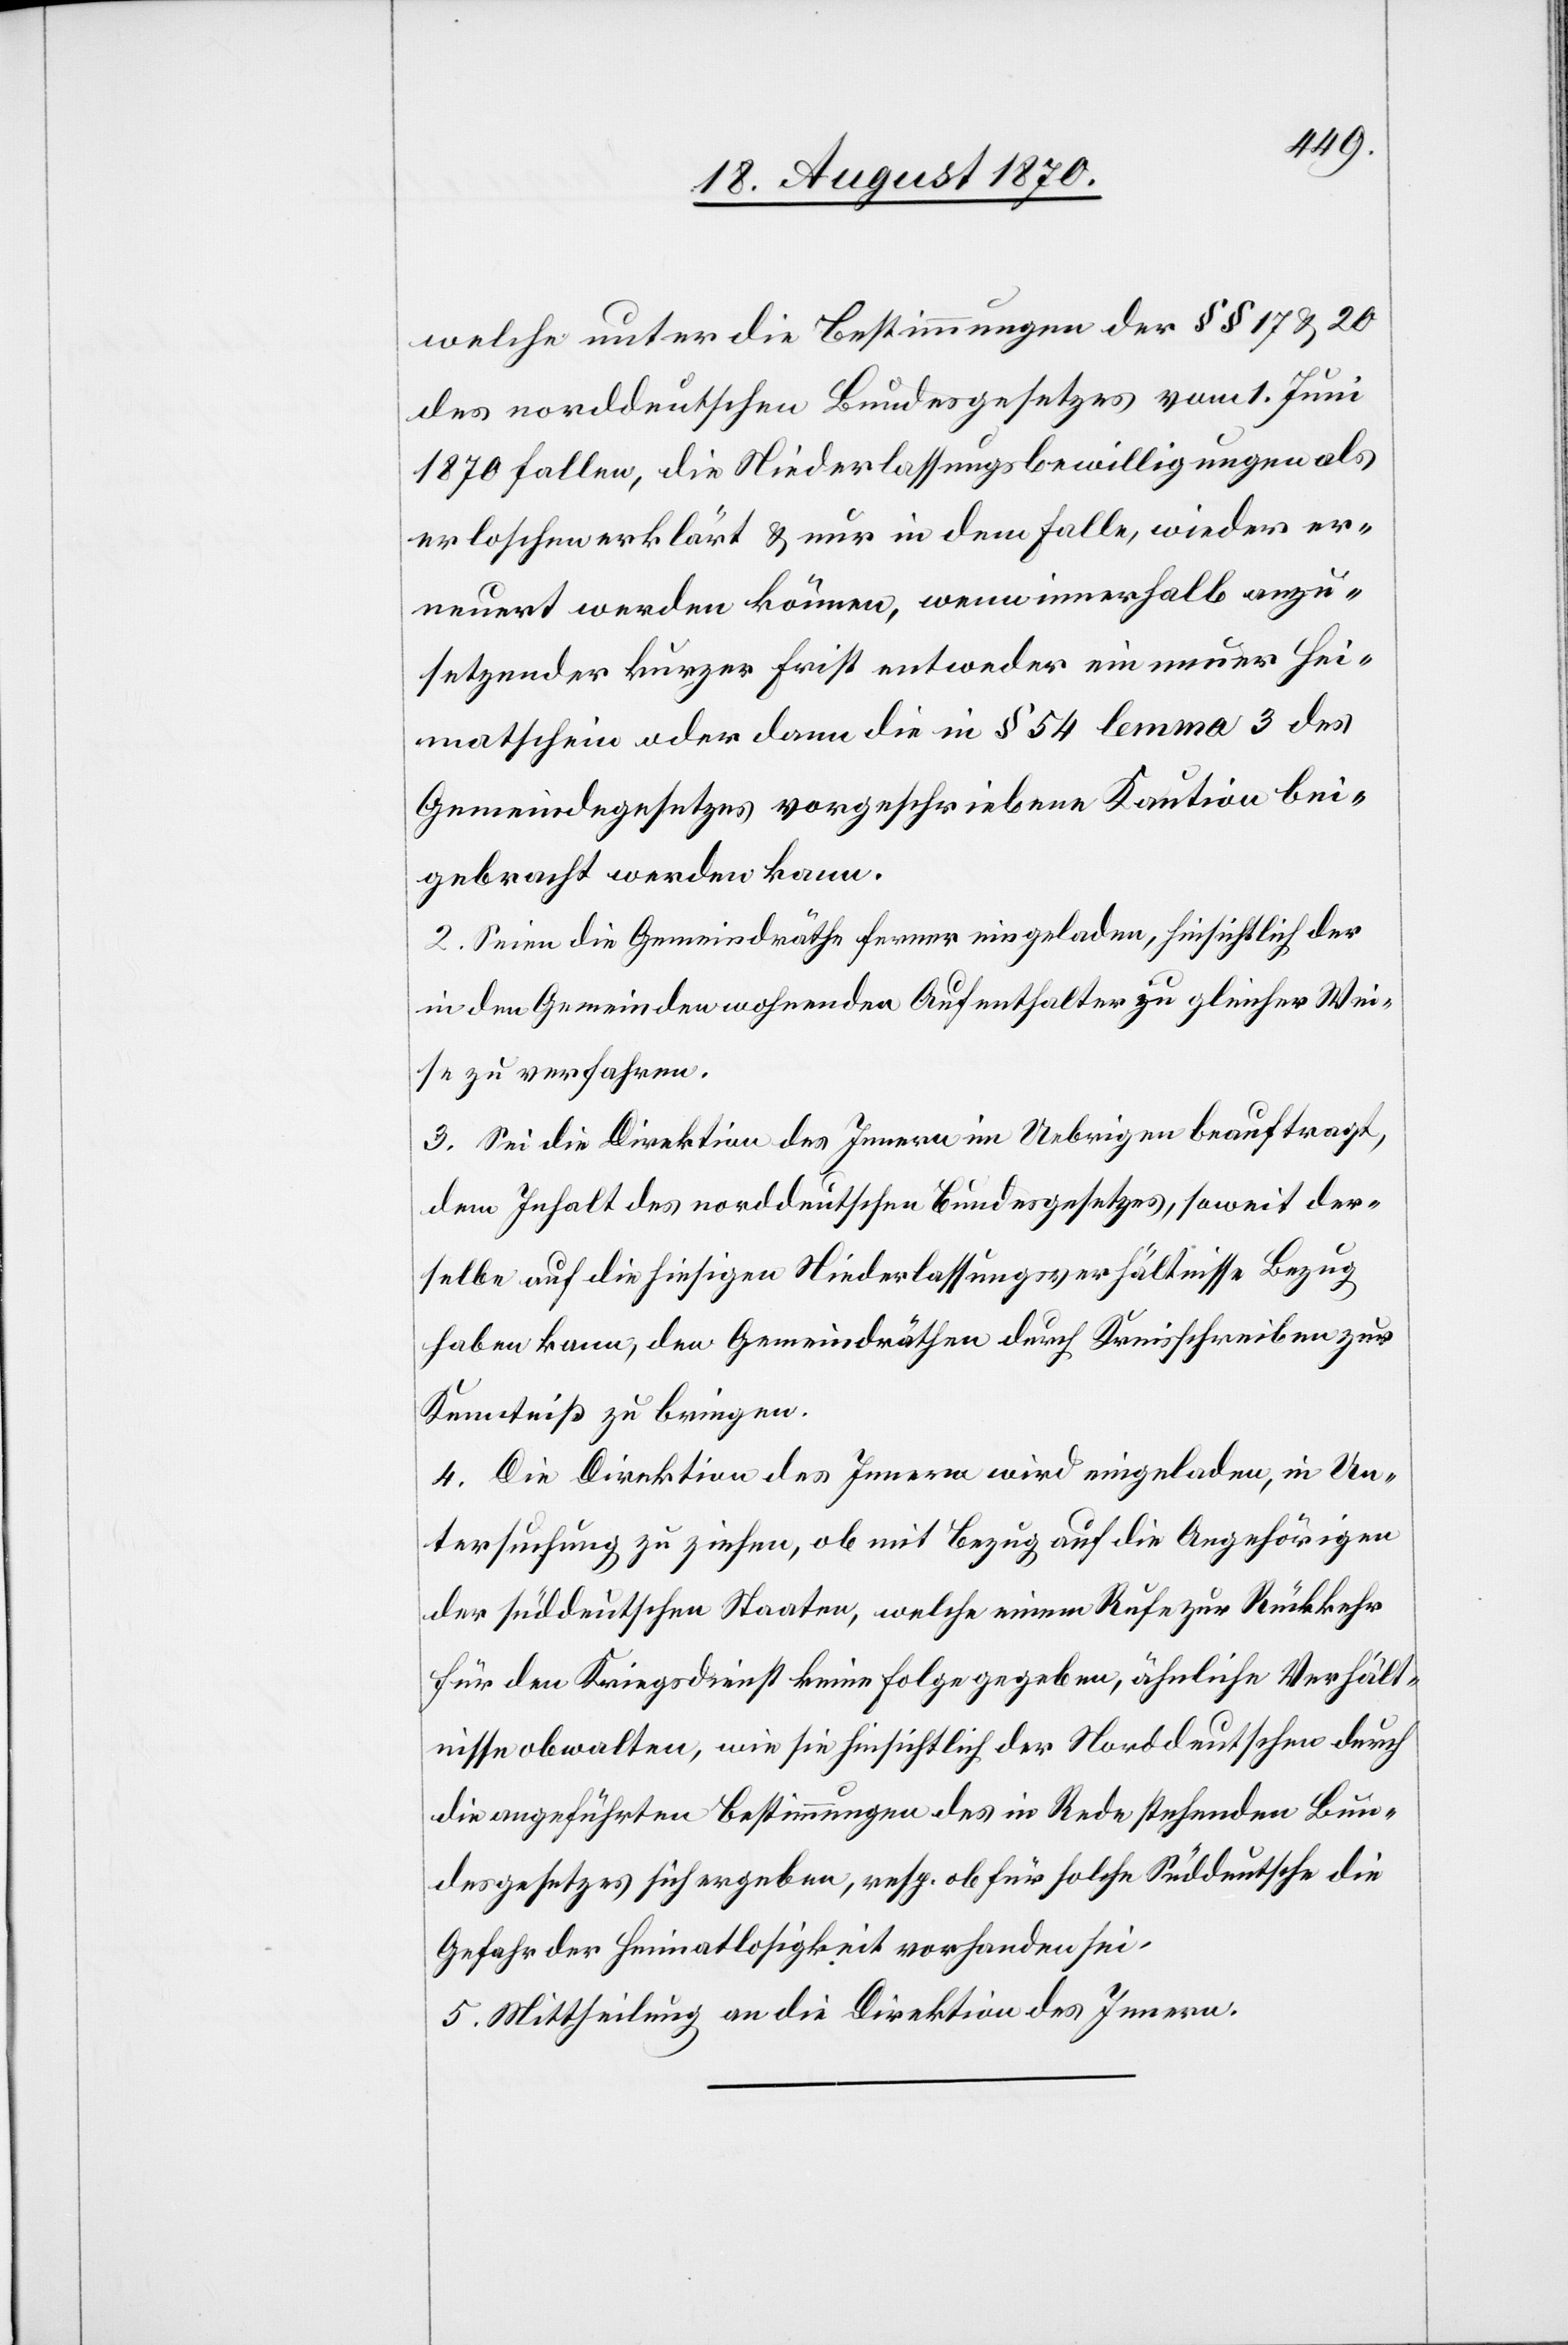
welche unter die Bestimmungen der §§ 17 & 20
des norddeutschen Bundesgesetzes vom 1. Juni
1870 fallen, die Niederlassungsbewilligungen als
erloschen erklärt & nur in dem Falle, wieder er¬
neuert werden können, wenn innerhalb anzu¬
setzender kurzer Frist entweder ein neuer Hei¬
matschein oder dann die in § 54 lemma 3 des
Gemeindegesetzes vorgeschriebene Kaution bei¬
gebracht werden kann.
2. Seien die Gemeindräthe ferner eingeladen, hinsichtlich der
in den Gemeinden wohnenden Aufenthalter zu gleicher Wei¬
se zu verfahren.
3. Sei die Direktion des Innern im Uebrigen beauftragt,
dem Inhalt des norddeutschen Bundesgesetzes, soweit der¬
selbe auf die hiesigen Niederlassungsverhältnisse Bezug
haben kann, den Gemeindräthen durch Kreisschreiben zur
Kenntniß zu bringen.
4. Die Direktion des Innern wird eingeladen, in Un¬
tersuchung zu ziehen, ob mit Bezug auf die Angehörigen
der süddeutschen Staaten, welche einem Rufe zur Rückkehr
für den Kriegsdienst keine Folge gegeben, ähnliche Verhält¬
nisse obwalten, wie sie hinsichtlich der Norddeutschen durch
die angeführten Bestimmungen des in Rede stehenden Bun¬
desgesetzes sich ergeben, resp. ob für solche Süddeutsche die
Gefahr der Heimatlosigkeit vorhanden sei.
5. Mittheilung an die Direktion des Innern.